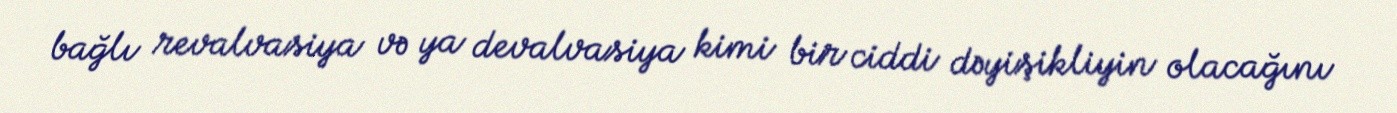
bağlı revalvasiya və ya devalvasiya kimi bir ciddi dəyişikliyin olacağını